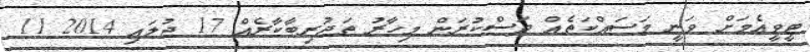
ޓީވީއެމަށް ވަނީ މަސައްކަތެއް ދަސްކުރަން މިހާރު ތަޖުރިބާކާރެއް 17 ޖުލައި 2014 11